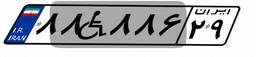
۸۸W۸۸۶۲۹